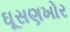
ઘૂસણખોર